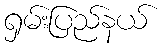
ရှမ်းပြည်နယ်